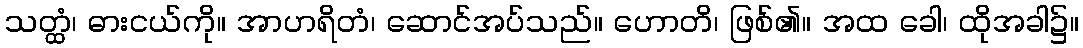
သတ္ထံ၊ ဓားငယ်ကို။ အာဟရိတံ၊ ဆောင်အပ်သည်။ ဟောတိ၊ ဖြစ်၏။ အထ ခေါ၊ ထိုအခါ၌။